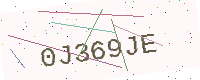
Text: 0J369JE